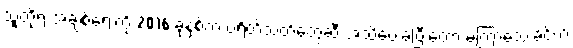
သူတို့ရဲ့ အချစ်ရေးကို 2016 ခုနှစ်က ပရိတ်သတ်တွေဆီ အသိပေးခဲ့ပြီးတော့ မကြာသေးခင်က